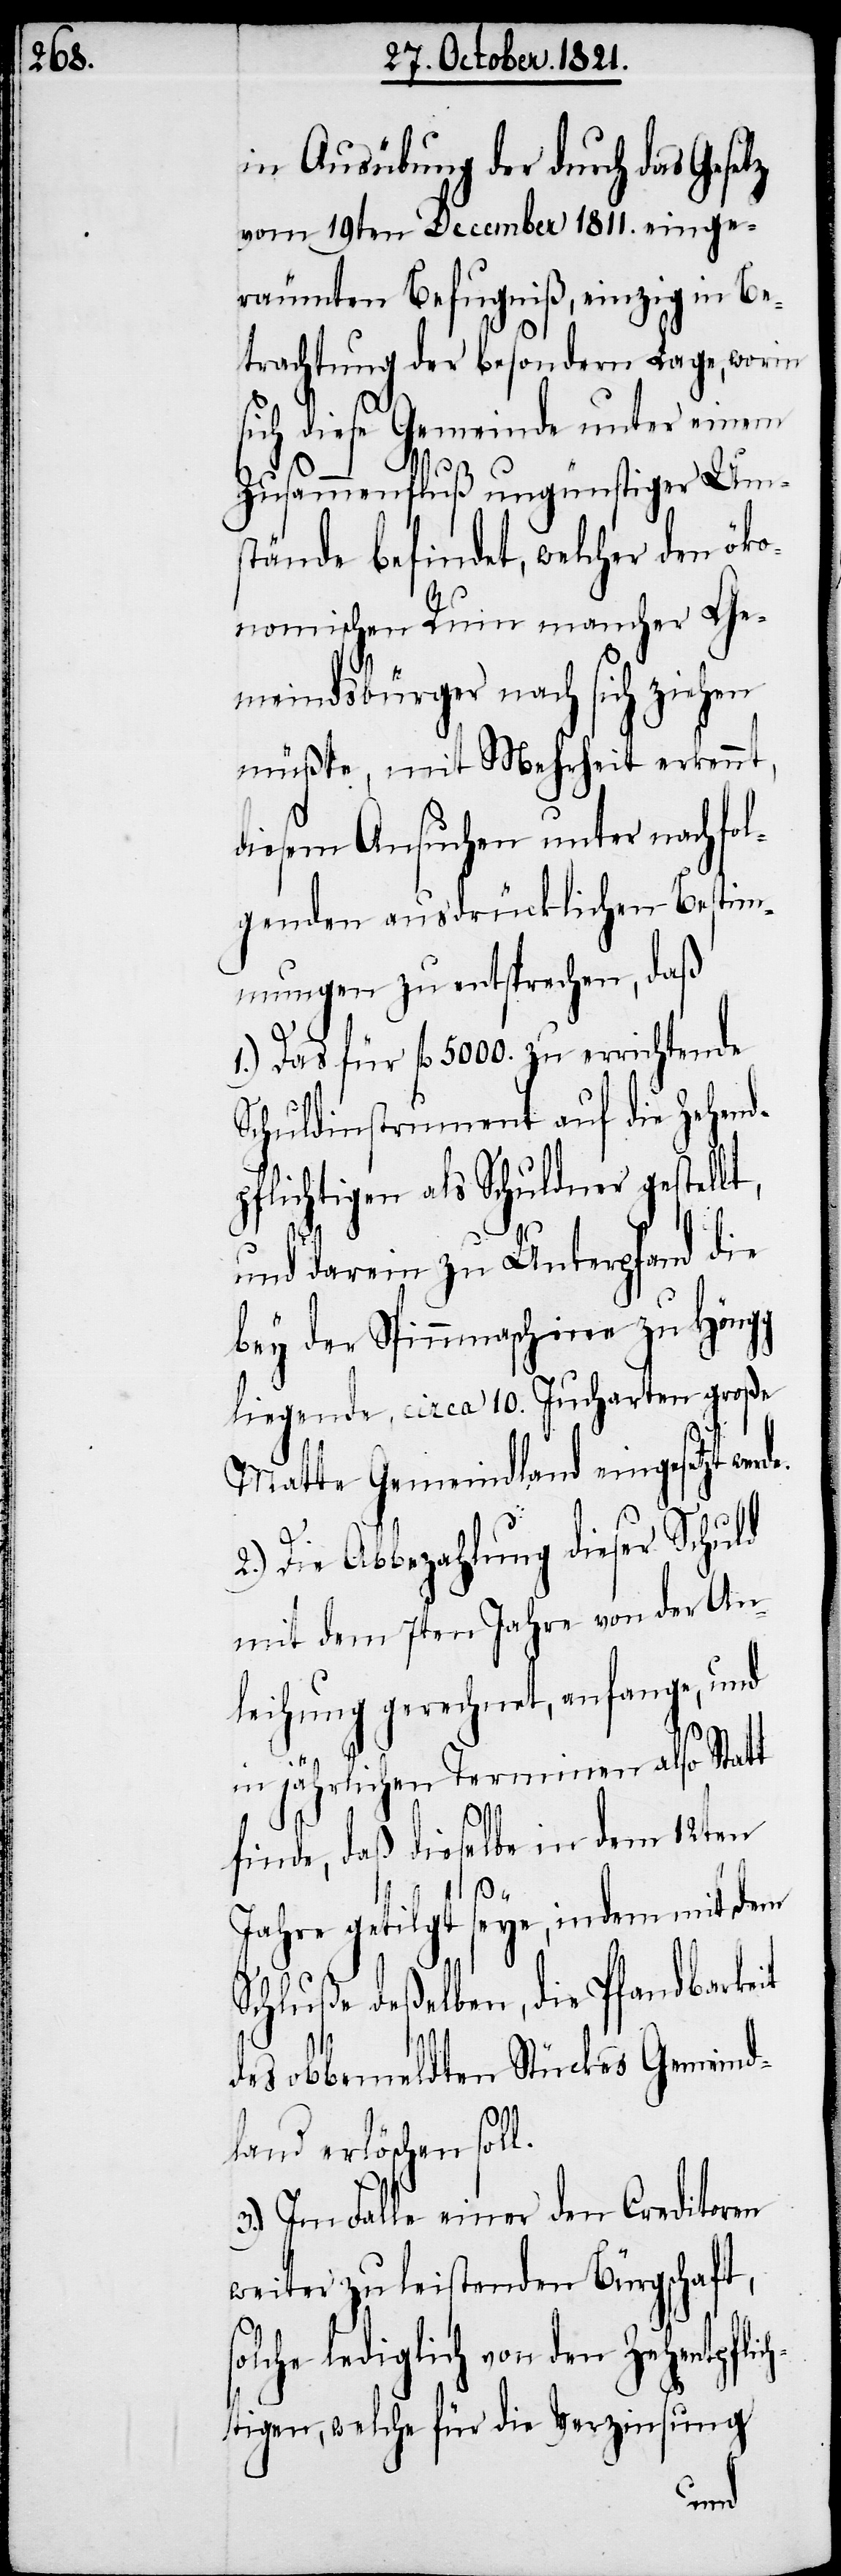
in Ausübung der durch das Gesetz
vom 19ten December 1811. einge¬
räumten Befugniß, einzig in Be¬
trachtung der besondern Lage, worin
ich diese Gemeinde unter einem
Zusammenfluß ungünstiger Um¬
stände befindet, welcher den öko¬
nomischen Ruin mancher Ge¬
meindsbürger nach sich ziehen
müßte, mit Mehrheit erkennt,
diesem Ansuchen unter nachfol¬
genden ausdrücklichen Bestim¬
mungen zu entsprechen, daß
1.) Das für fl. 5000. zu errichtende
Schuldinstrument auf die Zehend¬
pflichtigen als Schuldner gestell¬
und darein zu Unterpfand die
bey der Spinnmaschine zu Höngg
liegende, circa 10. Jucharten große
Matte Gemeindland eingesetzt wer¬
2.) Die Abbezahlung dieser Schuld
mit dem 7ten Jahre von der An¬
leihung gerechnet, anfange, und
in jährlichen Terminen also Statt
finde, daß dieselbe in dem 12ten
ye, indem mit dem
s¬
Jahre getilget
Schluße deßelben, die Pfandbarkeit
des obbemeldten Stückes Gemeind¬
land erlöschen soll.
3.) Im Falle einer den Creditoren
weiter zu leistenden Bürgschaft,
olche lediglich von den Zehentenpfl¬
tigen, welche für die Verzinsung
ich¬